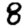
Digit: 8